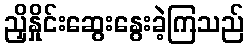
ညှိနှိုင်းဆွေးနွေးခဲ့ကြသည်